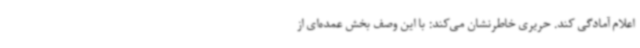
اعلام آمادگی کند. حریری خاطرنشان می‌کند: با این وصف بخش عمده‌ای از